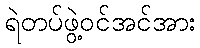
ရဲတပ်ဖွဲ့ဝင်အင်အား